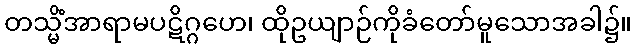
တသ္မိံအာရာမပဋိဂ္ဂဟေ၊ ထိုဥယျာဉ်ကိုခံတော်မူသောအခါ၌။